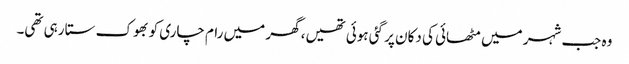
وہ جب شہر میں مٹھائی کی دکان پر گئی ہوئی تھیں، گھر میں رام چاری کو بھوک ستا رہی تھی۔